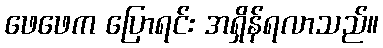
ဖေဖေက ပြောရင်း အရှိန်ရလာသည်။